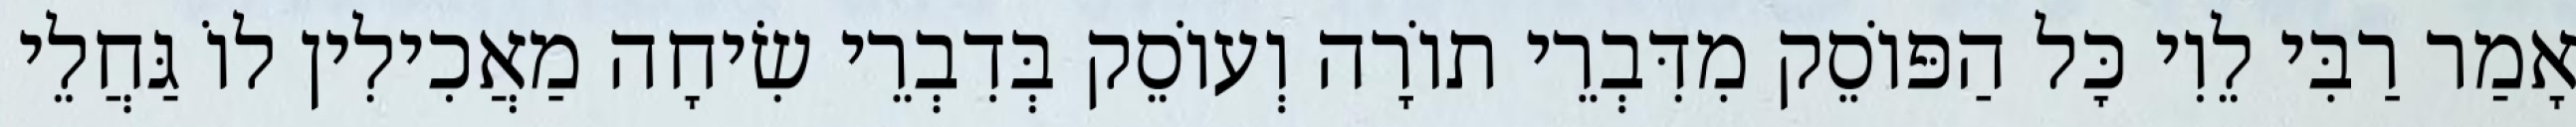
אָמַר רַבִּי לֵוִי כׇּל הַפּוֹסֵק מִדִּבְרֵי תוֹרָה וְעוֹסֵק בְּדִבְרֵי שִׂיחָה מַאֲכִילִין לוֹ גַּחֲלֵי